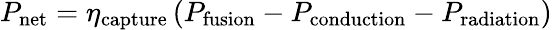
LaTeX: P_{\mathrm{net}}=\eta_{\mathrm{capture}}\left(P_{\mathrm{fusion}}-P_{\mathrm{conduction}}-P_{\mathrm{radiation}}\right)